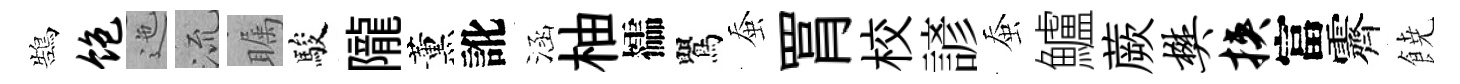
鵠饱迤𣴑瞩駿隴薰訛涵柚櫺鸎蚕罥校諺蚕鱸蕨樊挟富霽𩜙